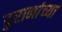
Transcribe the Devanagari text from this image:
दुरानांच्या